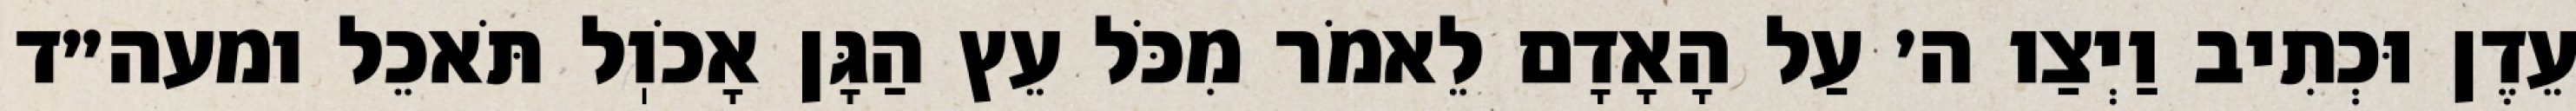
עֵדֶן וּכְתִיב וַיְצַו ה׳ עַל הָאָדָם לֵאמֹר מִכֹּל עֵץ הַגָּן אָכֹוֽל תֹּאכֵל ומעה״ד